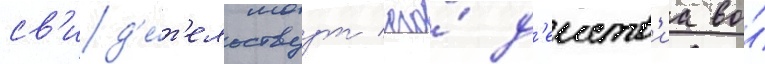
св'ид'е́т'ельствуут его́ д'еиств'иа во́